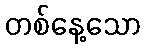
တစ်နေ့သော